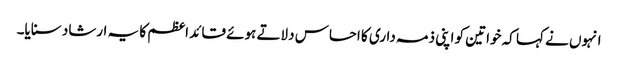
انہوں نے کہا کہ خواتین کو اپنی ذمہ داری کا احساس دلاتے ہوئے قائد اعظم کا یہ ارشاد سنایا۔